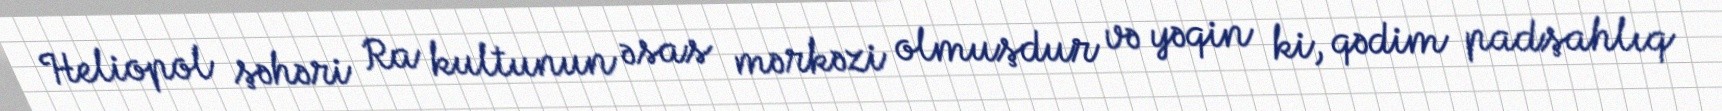
Heliopol şəhəri Ra kultunun əsas mərkəzi olmuşdur və yəqin ki, qədim padşahlıq